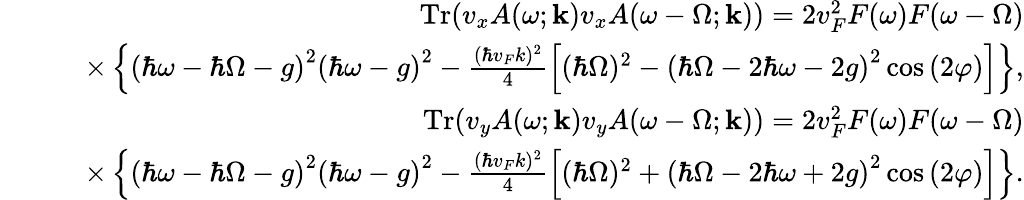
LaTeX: \begin{array}{rlr}&{}&{\mathrm{Tr}{\left(v_{x}A(\omega;\mathbf{k})v_{x}A(\omega-\Omega;\mathbf{k})\right)}=2v_{F}^{2}F(\omega)F(\omega-\Omega)}\\ &{}&{\quad\times\left\{ \left(\hbar\omega-\hbar\Omega-g\right)^{2}\left(\hbar\omega-g\right)^{2}-\frac{(\hbar v_{F}k)^{2}}{4}\left[(\hbar\Omega)^{2}-\left(\hbar\Omega-2\hbar\omega-2g\right)^{2}\cos{(2\varphi)}\right]\right\} ,}\\ &{}&{\mathrm{Tr}{\left(v_{y}A(\omega;\mathbf{k})v_{y}A(\omega-\Omega;\mathbf{k})\right)}=2v_{F}^{2}F(\omega)F(\omega-\Omega)}\\ &{}&{\quad\times\left\{ \left(\hbar\omega-\hbar\Omega-g\right)^{2}\left(\hbar\omega-g\right)^{2}-\frac{(\hbar v_{F}k)^{2}}{4}\left[(\hbar\Omega)^{2}+\left(\hbar\Omega-2\hbar\omega+2g\right)^{2}\cos{(2\varphi)}\right]\right\} .}\end{array}